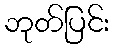
ဘုတ်ပြင်း